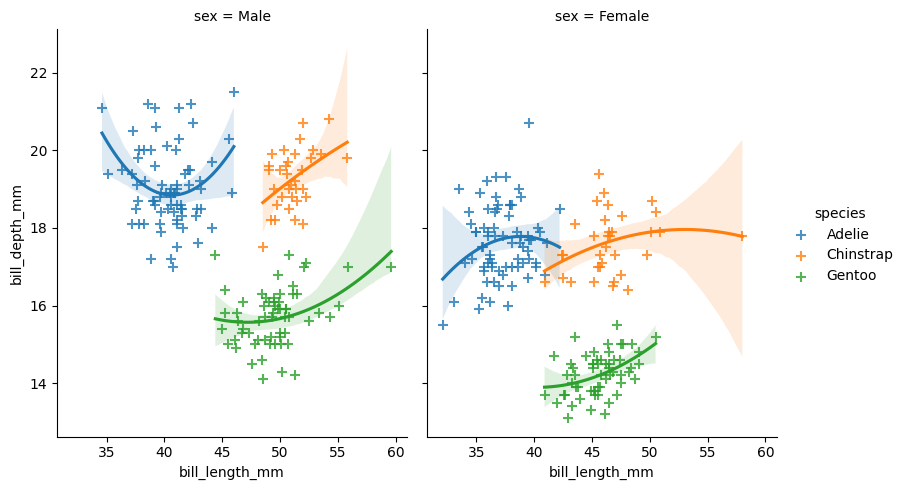
python, seaborn, lmplot, aspect=0.8, order=2, markers='+'